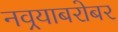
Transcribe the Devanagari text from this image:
नवर्‍याबरोबर